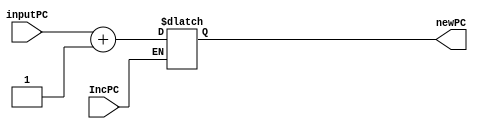
`timescale 1ns / 10ps

module PC #(parameter qInitial = 0)(
    input IncPC,
    input [31:0] inputPC,
    output wire[31:0] newPC
    );
	reg [31:0] temp;
	initial temp = qInitial;
	
	always@(IncPC)begin
		if (IncPC)
		  temp = inputPC + 1;
	end
	assign newPC= temp;
endmodule